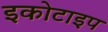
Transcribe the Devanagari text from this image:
इकोटाइप